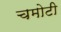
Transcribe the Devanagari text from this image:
चमोटी